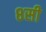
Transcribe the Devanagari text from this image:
८सी